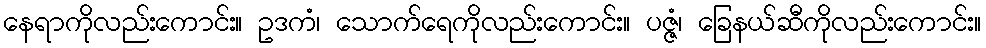
နေရာကိုလည်းကောင်း။ ဥဒကံ၊ သောက်ရေကိုလည်းကောင်း။ ပဇ္ဇံ၊ ခြေနယ်ဆီကိုလည်းကောင်း။